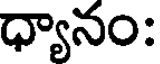
ధ్యానం: